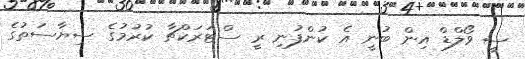
ސީ ވޯލްޑް އިން ބުނީ އެ ކުންފުނި ރީ ސްޓަރަކްޗާ ކުރުމުގެ ސިޔާސަތުގެ